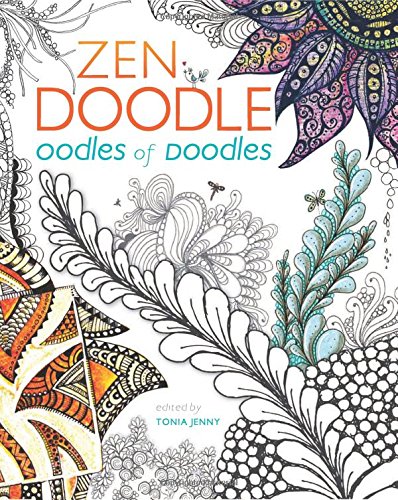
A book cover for Zen Doodle Oodles of Doodles; Crafts, Hobbies & Home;